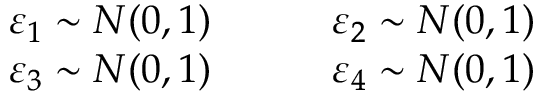
\begin{array} { c c } { \varepsilon _ { 1 } \sim N ( 0 , 1 ) \qquad } & { \varepsilon _ { 2 } \sim N ( 0 , 1 ) } \\ { \varepsilon _ { 3 } \sim N ( 0 , 1 ) \qquad } & { \varepsilon _ { 4 } \sim N ( 0 , 1 ) } \end{array}